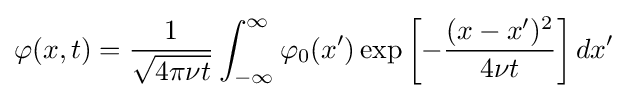
\varphi (x,t)={\frac {1}{\sqrt {4\pi \nu t}}}\int _{-\infty }^{\infty }\varphi _{0}(x')\exp \left[-{\frac {(x-x')^{2}}{4\nu t}}\right]dx'